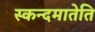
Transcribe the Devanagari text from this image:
स्कन्दमातेति